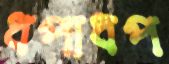
ধপাধপ